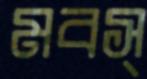
মবস্